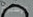
الإسبوع